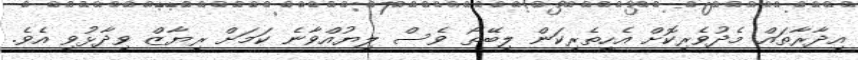
އިދާރާތައް މެދުވެރިކޮށް އެހީތެރިކަން ލިބޭތޯ ވެސް ލިޔުއްވާނެ ކަމަށް ރިޔާޒް ވިދާޅުވި އެވެ.